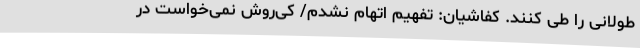
طولانی را طی کنند. کفاشیان: تفهیم اتهام نشدم/ کی‌روش نمی‌خواست در